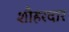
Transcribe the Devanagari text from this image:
शौहरदार